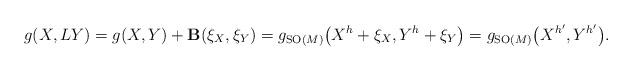
LaTeX: \begin{gather*}g(X,LY) =g(X,Y)+{\bf B}(\xi_X,\xi_Y)=g_{{\rm SO}(M)}\big(X^h+\xi_X,Y^h+\xi_Y\big) =g_{{\rm SO}(M)}\big(X^{h'},Y^{h'}\big).\end{gather*}